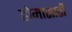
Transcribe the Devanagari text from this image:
होमासाठी